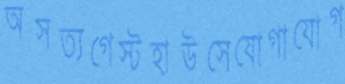
অসত্যগেস্টহাউসেযোগাযোগ